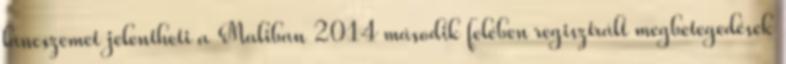
láncszemet jelentheti a Maliban 2014 második felében regisztrált megbetegedések